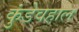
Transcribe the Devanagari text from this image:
कुंडेवहाल